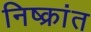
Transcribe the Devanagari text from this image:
निष्क्रांत